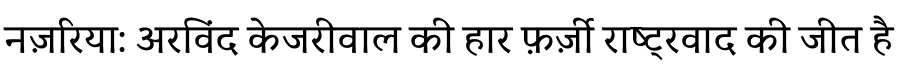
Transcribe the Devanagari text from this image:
नज़रिया: अरविंद केजरीवाल की हार फ़र्ज़ी राष्ट्रवाद की जीत है